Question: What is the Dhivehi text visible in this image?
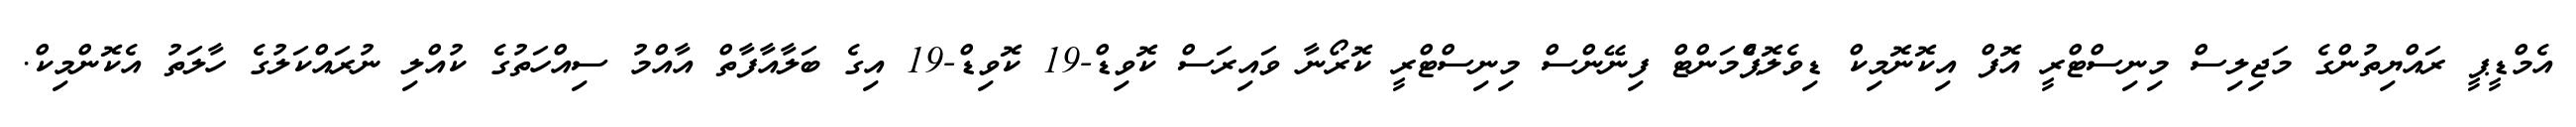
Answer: އެމްޑީޕީ ރައްޔިތުންގެ މަޖިލިސް މިނިސްޓްރީ އޮފް އިކޮނޮމިކް ޑިވެލޮޕްެމަންޓް ފިނޭންސް މިނިސްޓްރީ ކޮރޯނާ ވައިރަސް ކޮވިޑް-19 ކޮވިޑް-19 އިގެ ބަލާއާފާތް އާއްމު ސިއްހަތުގެ ކުއްލި ނުރައްކަލުގެ ހާލަތު އެކޮންމިކް.